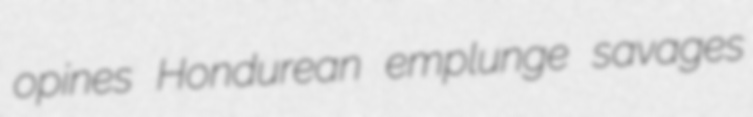
opines Hondurean emplunge savages